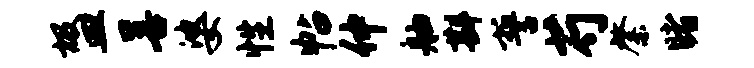
圾皿善婆性帖仲舳斟誓芍綮睹